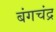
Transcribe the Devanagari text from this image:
बंगचंद्र